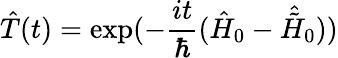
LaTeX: \hat{T}(t)=\exp(-\frac{it}{\hbar}(\hat{H}_{0}-\hat{\tilde{H}}_{0}))